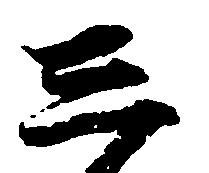
し